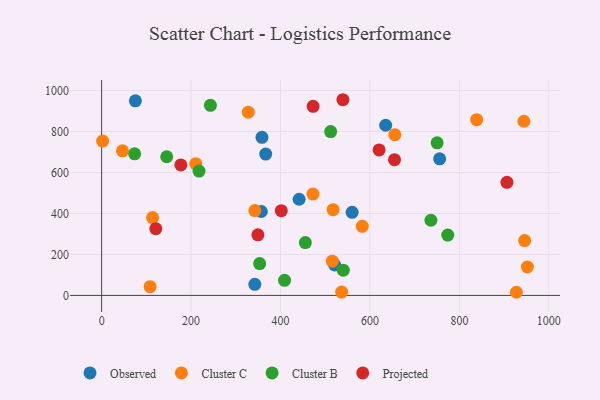
{"axis": {"x": "Study Hours", "y": "Yield"}, "legend": ["Cluster B", "Cluster C", "Observed", "Projected"], "data": [{"x": "521.0", "y": 148.4, "type": "Observed"}, {"x": "635.1", "y": 830.6, "type": "Observed"}, {"x": "75.5", "y": 949.8, "type": "Observed"}, {"x": "342.5", "y": 54.1, "type": "Observed"}, {"x": "357.1", "y": 409.7, "type": "Observed"}, {"x": "441.6", "y": 469.5, "type": "Observed"}, {"x": "755.8", "y": 666.7, "type": "Observed"}, {"x": "358.5", "y": 771.9, "type": "Observed"}, {"x": "560.1", "y": 405.7, "type": "Observed"}, {"x": "366.9", "y": 690.2, "type": "Observed"}, {"x": "342.6", "y": 414.2, "type": "Cluster C"}, {"x": "108.4", "y": 42.4, "type": "Cluster C"}, {"x": "210.5", "y": 643.2, "type": "Cluster C"}, {"x": "945.9", "y": 267.9, "type": "Cluster C"}, {"x": "838.6", "y": 858.0, "type": "Cluster C"}, {"x": "517.6", "y": 418.4, "type": "Cluster C"}, {"x": "927.4", "y": 15.3, "type": "Cluster C"}, {"x": "655.5", "y": 784.9, "type": "Cluster C"}, {"x": "113.9", "y": 380.1, "type": "Cluster C"}, {"x": "582.9", "y": 337.2, "type": "Cluster C"}, {"x": "536.7", "y": 16.2, "type": "Cluster C"}, {"x": "515.9", "y": 167.0, "type": "Cluster C"}, {"x": "472.5", "y": 494.7, "type": "Cluster C"}, {"x": "952.0", "y": 138.6, "type": "Cluster C"}, {"x": "328.0", "y": 894.5, "type": "Cluster C"}, {"x": "2.2", "y": 753.3, "type": "Cluster C"}, {"x": "944.2", "y": 850.2, "type": "Cluster C"}, {"x": "46.6", "y": 705.7, "type": "Cluster C"}, {"x": "540.3", "y": 123.4, "type": "Cluster B"}, {"x": "750.2", "y": 744.7, "type": "Cluster B"}, {"x": "736.3", "y": 366.9, "type": "Cluster B"}, {"x": "145.5", "y": 676.9, "type": "Cluster B"}, {"x": "409.0", "y": 73.8, "type": "Cluster B"}, {"x": "512.1", "y": 799.7, "type": "Cluster B"}, {"x": "243.2", "y": 928.0, "type": "Cluster B"}, {"x": "773.9", "y": 294.4, "type": "Cluster B"}, {"x": "73.8", "y": 691.4, "type": "Cluster B"}, {"x": "455.5", "y": 257.7, "type": "Cluster B"}, {"x": "217.7", "y": 607.1, "type": "Cluster B"}, {"x": "353.4", "y": 155.2, "type": "Cluster B"}, {"x": "349.4", "y": 295.9, "type": "Projected"}, {"x": "472.8", "y": 922.9, "type": "Projected"}, {"x": "177.1", "y": 636.8, "type": "Projected"}, {"x": "620.4", "y": 710.3, "type": "Projected"}, {"x": "654.9", "y": 662.4, "type": "Projected"}, {"x": "539.5", "y": 955.3, "type": "Projected"}, {"x": "906.3", "y": 552.1, "type": "Projected"}, {"x": "121.1", "y": 325.8, "type": "Projected"}, {"x": "401.7", "y": 413.7, "type": "Projected"}]}